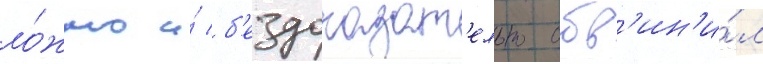
ло́жно и́ б'ездоказат'ельно обв'ин'и́л